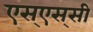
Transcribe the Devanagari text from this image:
एस्‌एस्‌सी